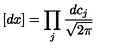
[ d x ] = \prod _ { j } { \frac { d c _ { j } } { \sqrt { 2 \pi } } }